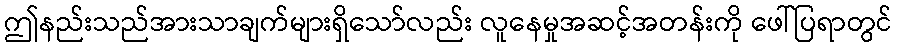
ဤနည်းသည်အားသာချက်များရှိသော်လည်း လူနေမှုအဆင့်အတန်းကို ဖေါ်ပြရာတွင်